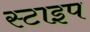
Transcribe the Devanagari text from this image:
स्टाइप